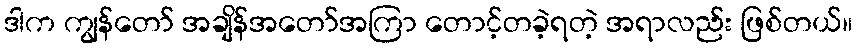
ဒါက ကျွန်တော် အချိန်အတော်အကြာ တောင့်တခဲ့ရတဲ့ အရာလည်း ဖြစ်တယ်။